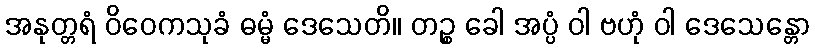
အနုတ္တရံ ဝိဝေကသုခံ ဓမ္မံ ဒေသေတိ။ တဉ္စ ခေါ အပ္ပံ ဝါ ဗဟုံ ဝါ ဒေသေန္တော